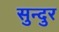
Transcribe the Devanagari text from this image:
सुन्दुर